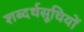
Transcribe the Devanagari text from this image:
शब्दर्थसूचियों